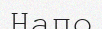
Напо